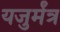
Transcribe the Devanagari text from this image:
यजुर्मंत्र